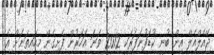
ޖޭއެލްއެލް އިން ބުނީ ކުޑަފުނަފަރަކީ 2012 ވަނަ އަހަރުން ފެށިގެން މިހައިތަނަށް އެ